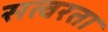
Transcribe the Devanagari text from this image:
सत्वरता